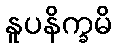
နူပနိက္ခမိ